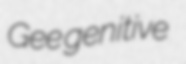
Gee genitive